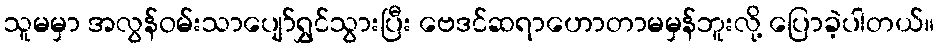
သူမမှာ အလွန်ဝမ်းသာပျော်ရွှင်သွားပြီး ဗေဒင်ဆရာဟောတာမမှန်ဘူးလို့ ပြောခဲ့ပါတယ်။